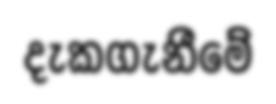
දැකගැනීමේ